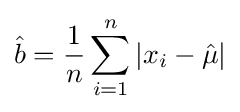
{\hat {b}}={\frac {1}{n}}\sum _{i=1}^{n}|x_{i}-{\hat {\mu }}|